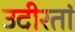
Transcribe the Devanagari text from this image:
उदीरतां